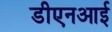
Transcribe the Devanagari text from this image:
डीएनआई